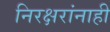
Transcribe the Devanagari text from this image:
निरक्षरांनाही